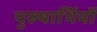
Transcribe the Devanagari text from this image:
पुरुषार्थियों